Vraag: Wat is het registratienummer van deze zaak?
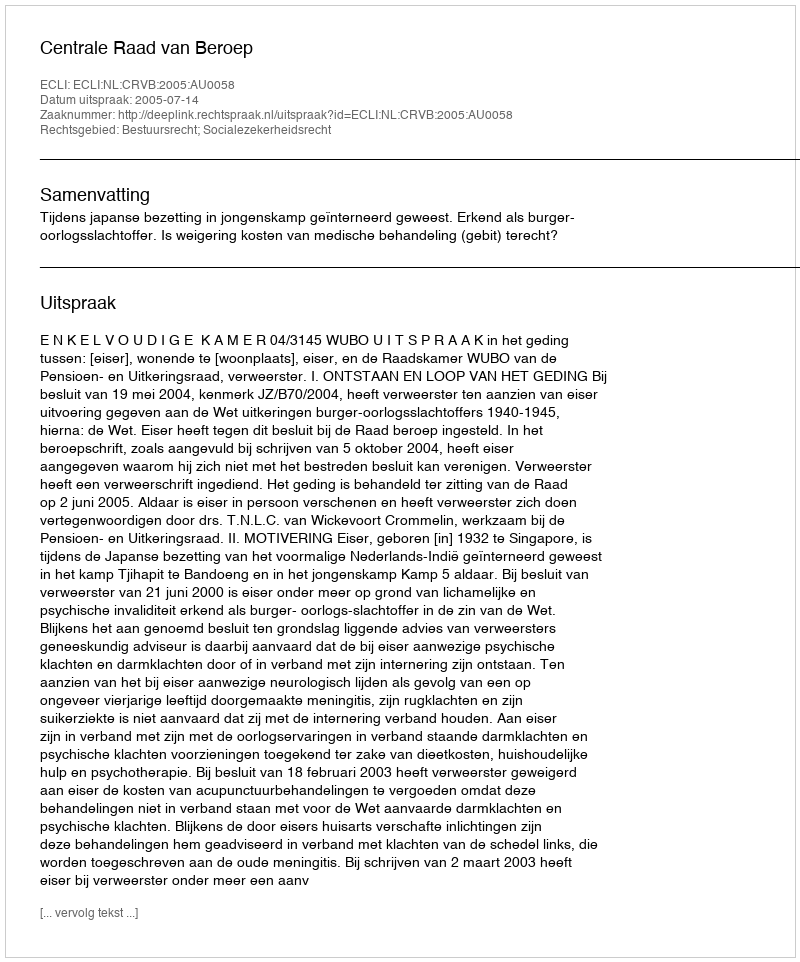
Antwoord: http://deeplink.rechtspraak.nl/uitspraak?id=ECLI:NL:CRVB:2005:AU0058